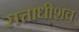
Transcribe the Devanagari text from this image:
सत्ताधीशच